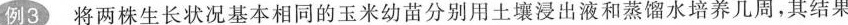
例3将两株生长状况基本相同的玉米幼苗分别用土壤浸出液和蒸馏水培养几周，其结果